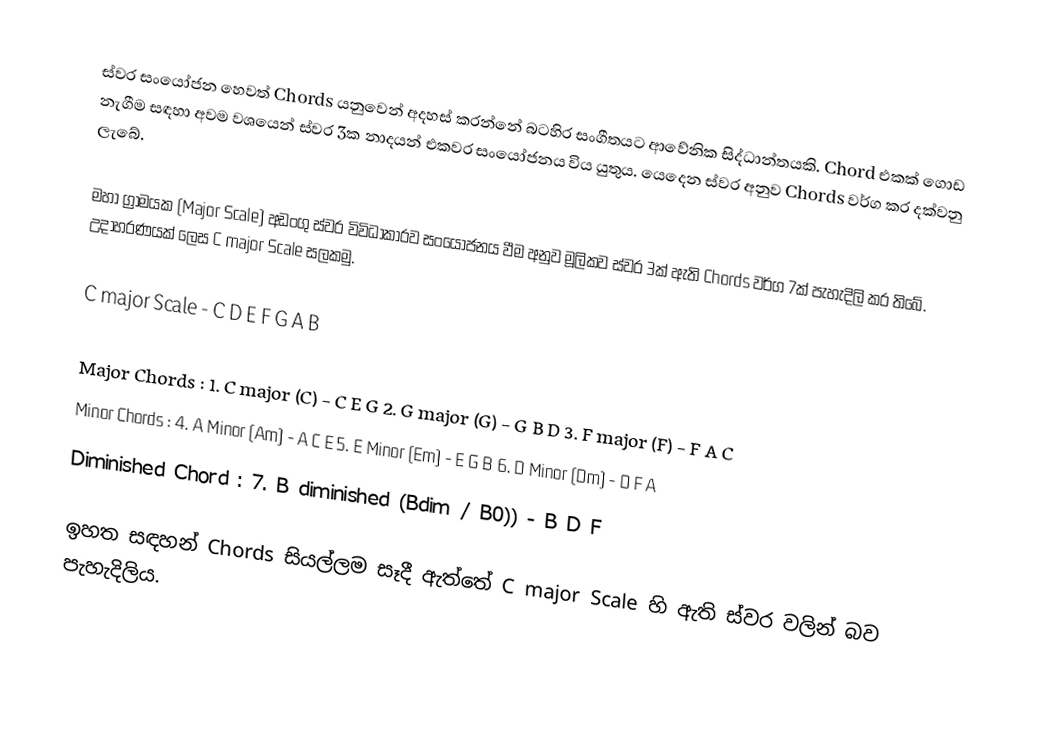
ස්වර සංයෝජන හෙවත් Chords යනුවෙන් අදහස් කරන්නේ බටහිර සංගීතයට ආවේනික සිද්ධාන්තයකි. Chord එකක් ගොඩ නැගීම සඳහා අවම වශයෙන් ස්වර 3ක නාදයන් එකවර සංයෝජනය විය යුතුය. යෙදෙන ස්වර අනුව Chords වර්ග කර දක්වනු ලැබේ.

මහා ග්‍රාමයක (Major Scale) අඩංගු ස්වර විවිධාකාරව සංයෝජනය වීම අනුව මූලිකව ස්වර 3ක් ඇති Chords වර්ග 7ක් පැහැදිලි කර තිබේ. උදාහරණයක් ලෙස C major Scale සලකමු.

   C major Scale - C D E F G A B

   Major Chords : 1. C major (C)  - C E G    2. G major (G)  - G B D    3. F major (F)  - F A C
   Minor Chords : 4. A Minor (Am) - A C E    5. E Minor (Em) - E G B    6. D Minor (Dm) - D F A
   Diminished Chord : 7. B diminished (Bdim / B0)) - B D F

ඉහත සඳහන් Chords සියල්ලම සෑදී ඇත්තේ C major Scale හි ඇති ස්වර වලින් බව පැහැදිලිය.